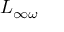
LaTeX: L _ { \infty \omega }